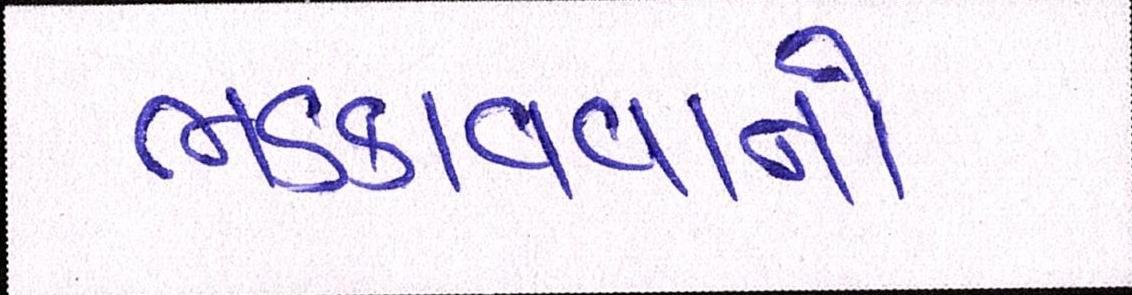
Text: ભડકાવવાનો